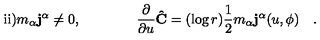
\mathrm { i i } ) m _ { \alpha } { \bf j ^ { \alpha } } \ne 0 , \qquad \qquad \frac { \partial } { \partial u } { \bf { \hat { C } } } = ( \log r ) \frac { 1 } { 2 } m _ { \alpha } { \bf j ^ { \alpha } } ( u , \phi ) \quad . \qquad \qquad \qquad \qquad